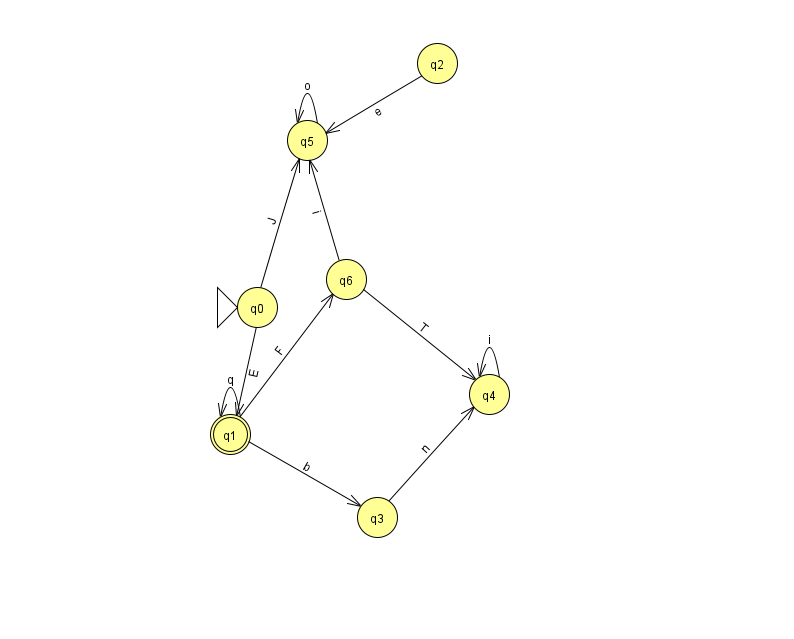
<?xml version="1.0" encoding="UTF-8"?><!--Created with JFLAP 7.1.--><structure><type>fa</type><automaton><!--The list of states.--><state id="0" name="q0"><x>257.0</x><y>294.0</y><initial/></state><state id="1" name="q1"><x>230.0</x><y>421.0</y><final/></state><state id="2" name="q2"><x>437.0</x><y>50.0</y></state><state id="3" name="q3"><x>377.0</x><y>504.0</y></state><state id="4" name="q4"><x>489.0</x><y>381.0</y></state><state id="5" name="q5"><x>307.0</x><y>127.0</y></state><state id="6" name="q6"><x>346.0</x><y>266.0</y></state><!--The list of transitions.--><transition><from>1</from><to>1</to><read>q</read></transition><transition><from>3</from><to>4</to><read>n</read></transition><transition><from>6</from><to>4</to><read>T</read></transition><transition><from>1</from><to>3</to><read>b</read></transition><transition><from>6</from><to>5</to><read>i</read></transition><transition><from>0</from><to>5</to><read>J</read></transition><transition><from>4</from><to>4</to><read>i</read></transition><transition><from>0</from><to>1</to><read>E</read></transition><transition><from>1</from><to>6</to><read>F</read></transition><transition><from>2</from><to>5</to><read>e</read></transition><transition><from>5</from><to>5</to><read>o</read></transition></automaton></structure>